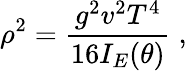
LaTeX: \rho^{2}=\frac{g^{2}v^{2}T^{4}}{16I_{E}(\theta)}\; ,